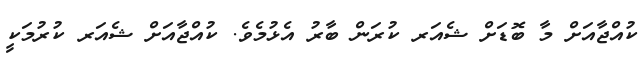
ކުއްޖާއަށް މާ ބޮޑަށް ޝެއަރ ކުރަން ބާރު އެޅުމެވެ. ކުއްޖާއަށް ޝެއަރ ކުރުމަކީ